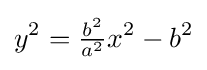
y^{2}={\tfrac {b^{2}}{a^{2}}}x^{2}-b^{2}